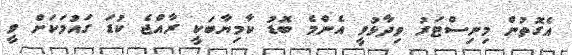
އެގޮތުން މިނިސްޓަރު ވިދާޅުވީ އެންމެ ބޮޑު ކާމިޔާބަކީ ރާއްޖެ ކުޑަ ގައުމަކަށް ވީ